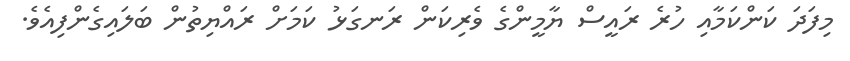
މިފަދަ ކަންކަމާއި ހުރެ ރައީސް ޔާމީންގެ ވެރިކަން ރަނގަޅު ކަމަށް ރައްޔިތުން ބަލައިގެންފިއެވެ.